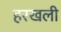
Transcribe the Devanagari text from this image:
हरखली